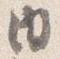
内